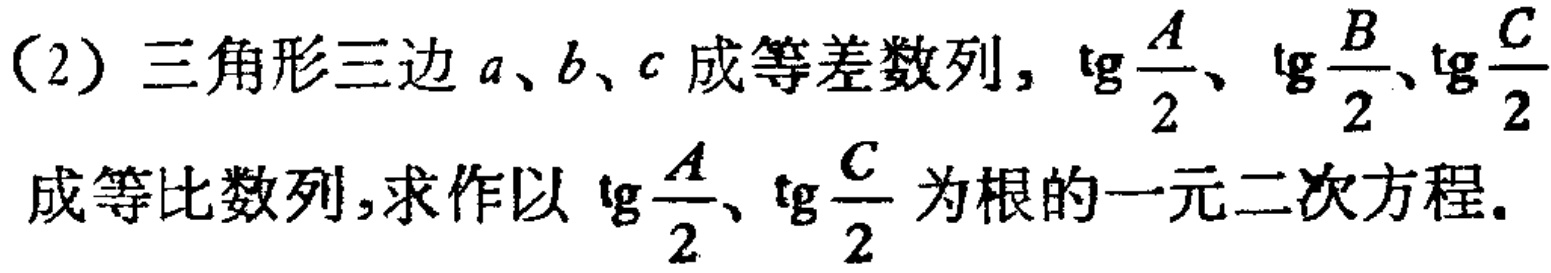
(2) 三角形三边\(a、b、c\)成等差数列，\(\tg\frac{A}{2}、\tg\frac{B}{2}、\tg\frac{C}{2}\)成等比数列，求作以\(\tg\frac{A}{2}、\tg\frac{C}{2}\)为根的一元二次方程。